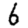
Digit: 6